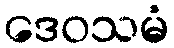
ဒေဝသမံ